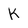
Character: K